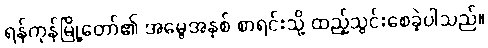
ရန်ကုန်မြို့တော်၏ အမွေအနှစ် စာရင်းသို့ ထည့်သွင်းစေခဲ့ပါသည်။